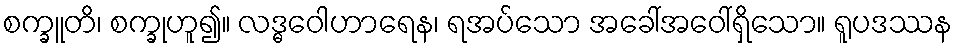
စက္ခူတိ၊ စက္ခုဟူ၍။ လဒ္ဓဝေါဟာရေန၊ ရအပ်သော အခေါ်အဝေါ်ရှိသော။ ရူပဒဿန